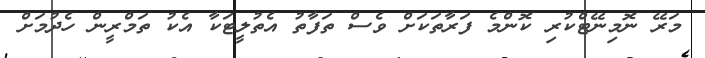
މަރޭ ނޮމިނޭޓްކުރި ކޮންމެ ފަރާތަކަށް ވެސް ތަފާތު އެތުލީޓަކާ އެކު ތަމްރީން ހެދުމަށް